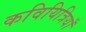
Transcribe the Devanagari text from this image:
कवियित्रियाँ